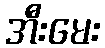
အီးမေး